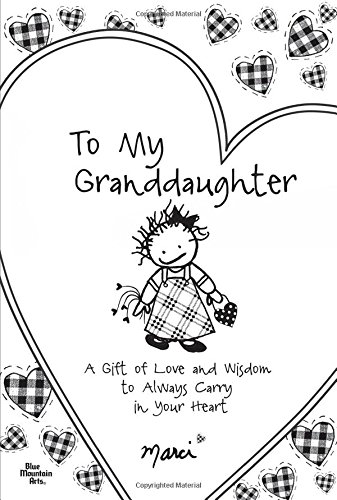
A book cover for To My Granddaughter; Marci; Parenting & Relationships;